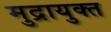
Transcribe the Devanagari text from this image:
मुद्रायुक्त